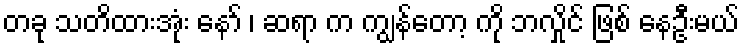
တခု သတိထားအုံး နော် ၊ ဆရာ က ကျွန်တော့ ကို ဘလှိုင် ဖြစ် နေဦးမယ်